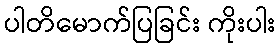
ပါတိမောက်ပြခြင်း ကိုးပါး